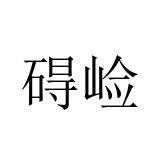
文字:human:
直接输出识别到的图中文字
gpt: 碍崄